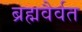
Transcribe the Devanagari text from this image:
ब्रह्मवैर्वत